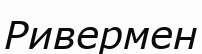
Ривермен